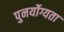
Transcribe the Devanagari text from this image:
पुनर्योग्यता